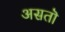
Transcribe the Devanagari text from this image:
असतॊ